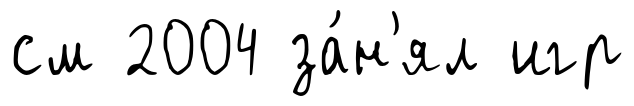
см 2004 за́н'ял игр